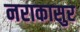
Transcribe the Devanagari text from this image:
नराकासुर